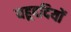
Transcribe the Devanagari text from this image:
यहूददियों